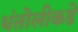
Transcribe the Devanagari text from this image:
धंतोलीकडे